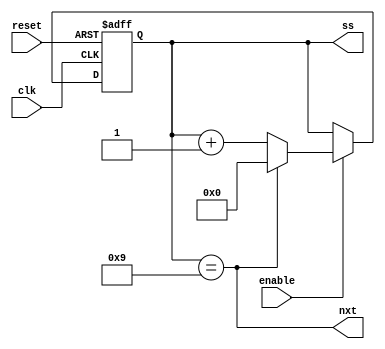
module singleseconds (reset, clk, enable, ss, nxt);
  input reset, clk, enable;
  output [3:0] ss;
  output       nxt;
  reg    [3:0] ss;
  
  assign nxt= (ss == 4'd9);
  always @(posedge clk or posedge reset)
    if (reset) ss <= 4'd0;
      else if (enable)
             if (nxt) ss <= 0;
               else ss <= ss + 1;
endmodule



module tenthsofseconds (reset, clk, enable, ts);
  input reset, clk, enable;
  output [2:0] ts;
  wire         again;
  reg    [2:0] ts;
  
  assign again = (ts == 3'd5);
  always @(posedge clk or posedge reset)
    if (reset) ts <= 4'd0;
      else if (enable)
             if (again) ts <= 0;
               else ts <= ts + 1;
endmodule



module secondcounter (reset, clk, enable, enablet, ts, ss, st);
  input reset, clk, enable, enablet;
  output [2:0] ts;
  output [3:0] ss;
  output [3:0] st;
  wire         ent, ens;

  
  singleseconds   i0 (reset, clk, enable & ens, ss, ent);
  tenthsofseconds i1 (reset, clk, enable & ent, ts);
  singleseconds	atenth	(reset, clk, enablet, st, ens);

endmodule


/*
module test();
  reg reset, clk;
  wire [2:0] ts;
  wire [3:0] ss;

  secondcounter CUT (reset, clk, 1'b1, ts, ss);
  
  initial begin reset =0; clk = 0; #10 reset = 1; #9 reset = 0; end
  always #4 clk = ~clk;
endmodule
*/